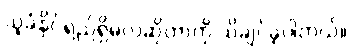
သူခံနိုင်ရည်ရှိမလဲဆိုတာကို သိချင်ခဲ့ပါတယ်။